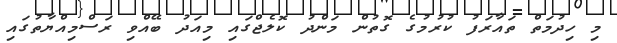
މި ހިދުމަތް ތައާރަފު ކުރުމުގެ ގޮތުން މަންދު ކޮލެޖްގައި މިއަދު ބޭއްވި ރަސްމިއްޔާތުގައި